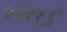
બરઈ